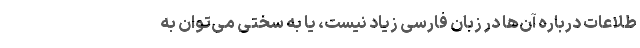
طلاعات درباره آن‌ها در زبان فارسی زیاد نیست، یا به سختی می‌توان به